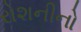
રોશનીનો